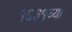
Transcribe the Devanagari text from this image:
१६३१च्या